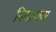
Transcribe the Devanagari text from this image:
निखाऱ्यावर